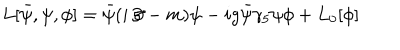
LaTeX: L [ \bar { \psi } , \psi , \phi ] = \bar { \psi } ( i \! \not \! \partial - m ) \psi - i g \bar { \psi } \gamma _ { 5 } \psi \phi + L _ { 0 } [ \phi ]